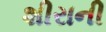
શીરાની